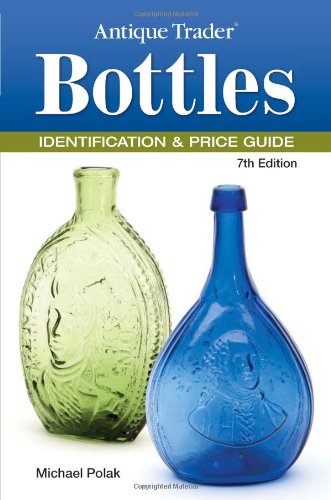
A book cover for Antique Trader Bottles Identification & Price Guide (Antique Trader Bottles Identification and Price Guide); Michael Polak; Crafts, Hobbies & Home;